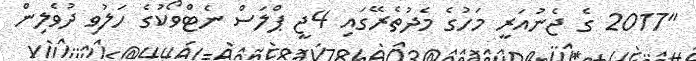
"2017 ގެ ޖެނުއަރީ މަހުގެ މެދުތެރޭގައި 4ޖީ ޕްލަސް ނެޓްވޯކުގެ ހަލުވި ދުވެލިން